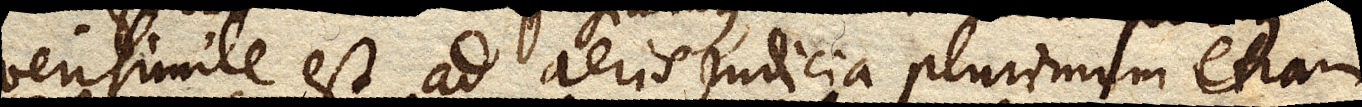
verisimile est ad aeris judicia plurimum etiam